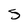
Character: s